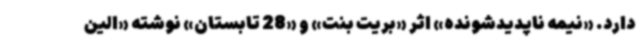
دارد. «نیمه ناپدیدشونده» اثر «بریت بنت» و «28 تابستان» نوشته «الین